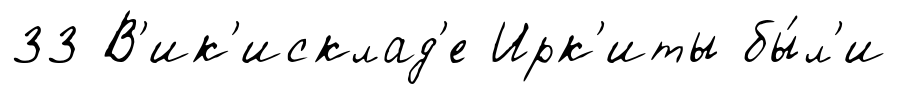
33 В'ик'исклад'е Ирк'иты бы́л'и